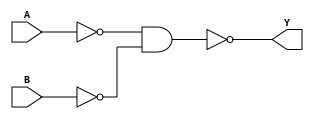
module xor_gate(
    input A,
    input B,
    output Y
);

wire nMOS_A, nMOS_B, pMOS_A, pMOS_B, inv_out;

assign nMOS_A = A;
assign nMOS_B = B;
assign pMOS_A = ~A;
assign pMOS_B = ~B;

assign inv_out = ~(pMOS_A & pMOS_B);

assign Y = inv_out;

endmodule